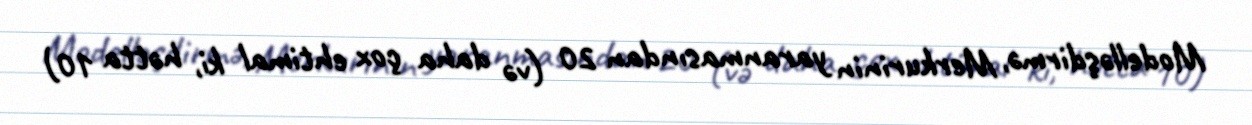
Modelləşdirmə, Merkurinin yaranmasından 20 (və daha çox ehtimal ki, hətta 10)